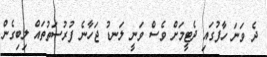
ދެ ވަނަ ހާފުގައި ދެޓީމަށް ވެސް ވަނީ ލަނޑު ޖަހާނެ ފުރުސަތުތައް ލިބިގެން